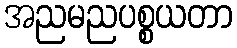
အညမညပစ္စယတာ